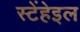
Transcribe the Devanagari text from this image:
स्टेंहेइल